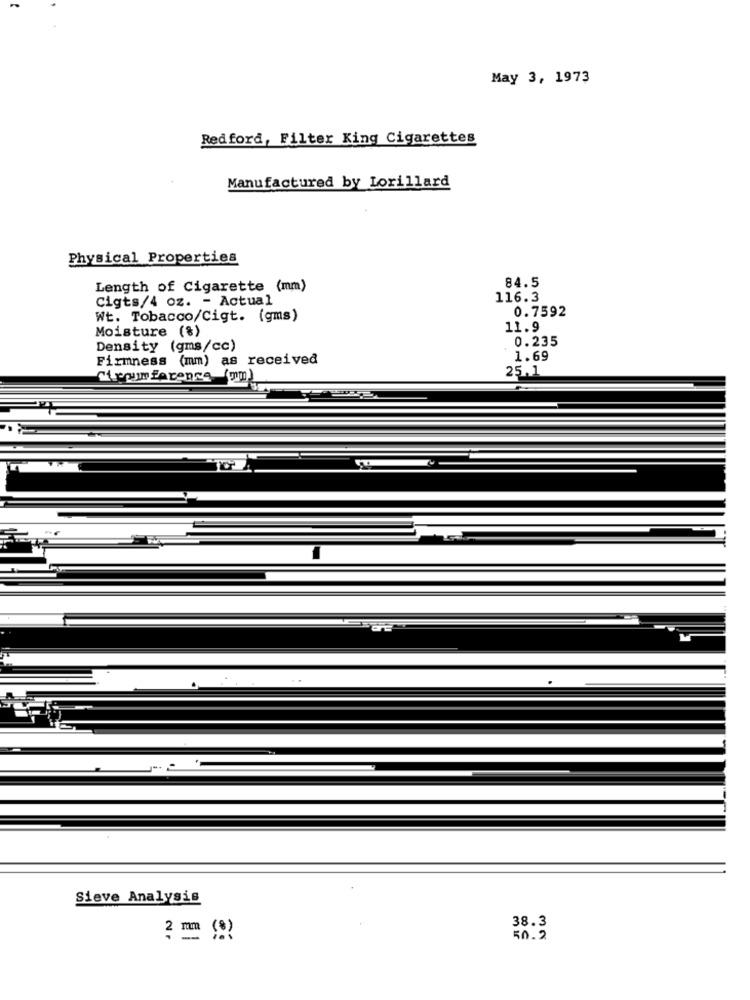
May 3, 1973
Redford, Filter King Cigarettes
Manufactured by Lorillard
Physical Properties
84.5
Length of Cigarette (mm)
Cigts/4 oz. - Actual
116.3
0.7592
Wt. Tobacco/Cigt. (gms)
Moisture (%)
11.9
0.235
Density (gms/cc)
Firmness (mm) as received
1.69
25.1
Sieve Analysis
38.3
2 mm (9)
50.2